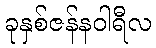
ခုနှစ်ဇန်နဝါရီလ